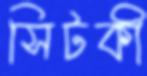
সিটকী